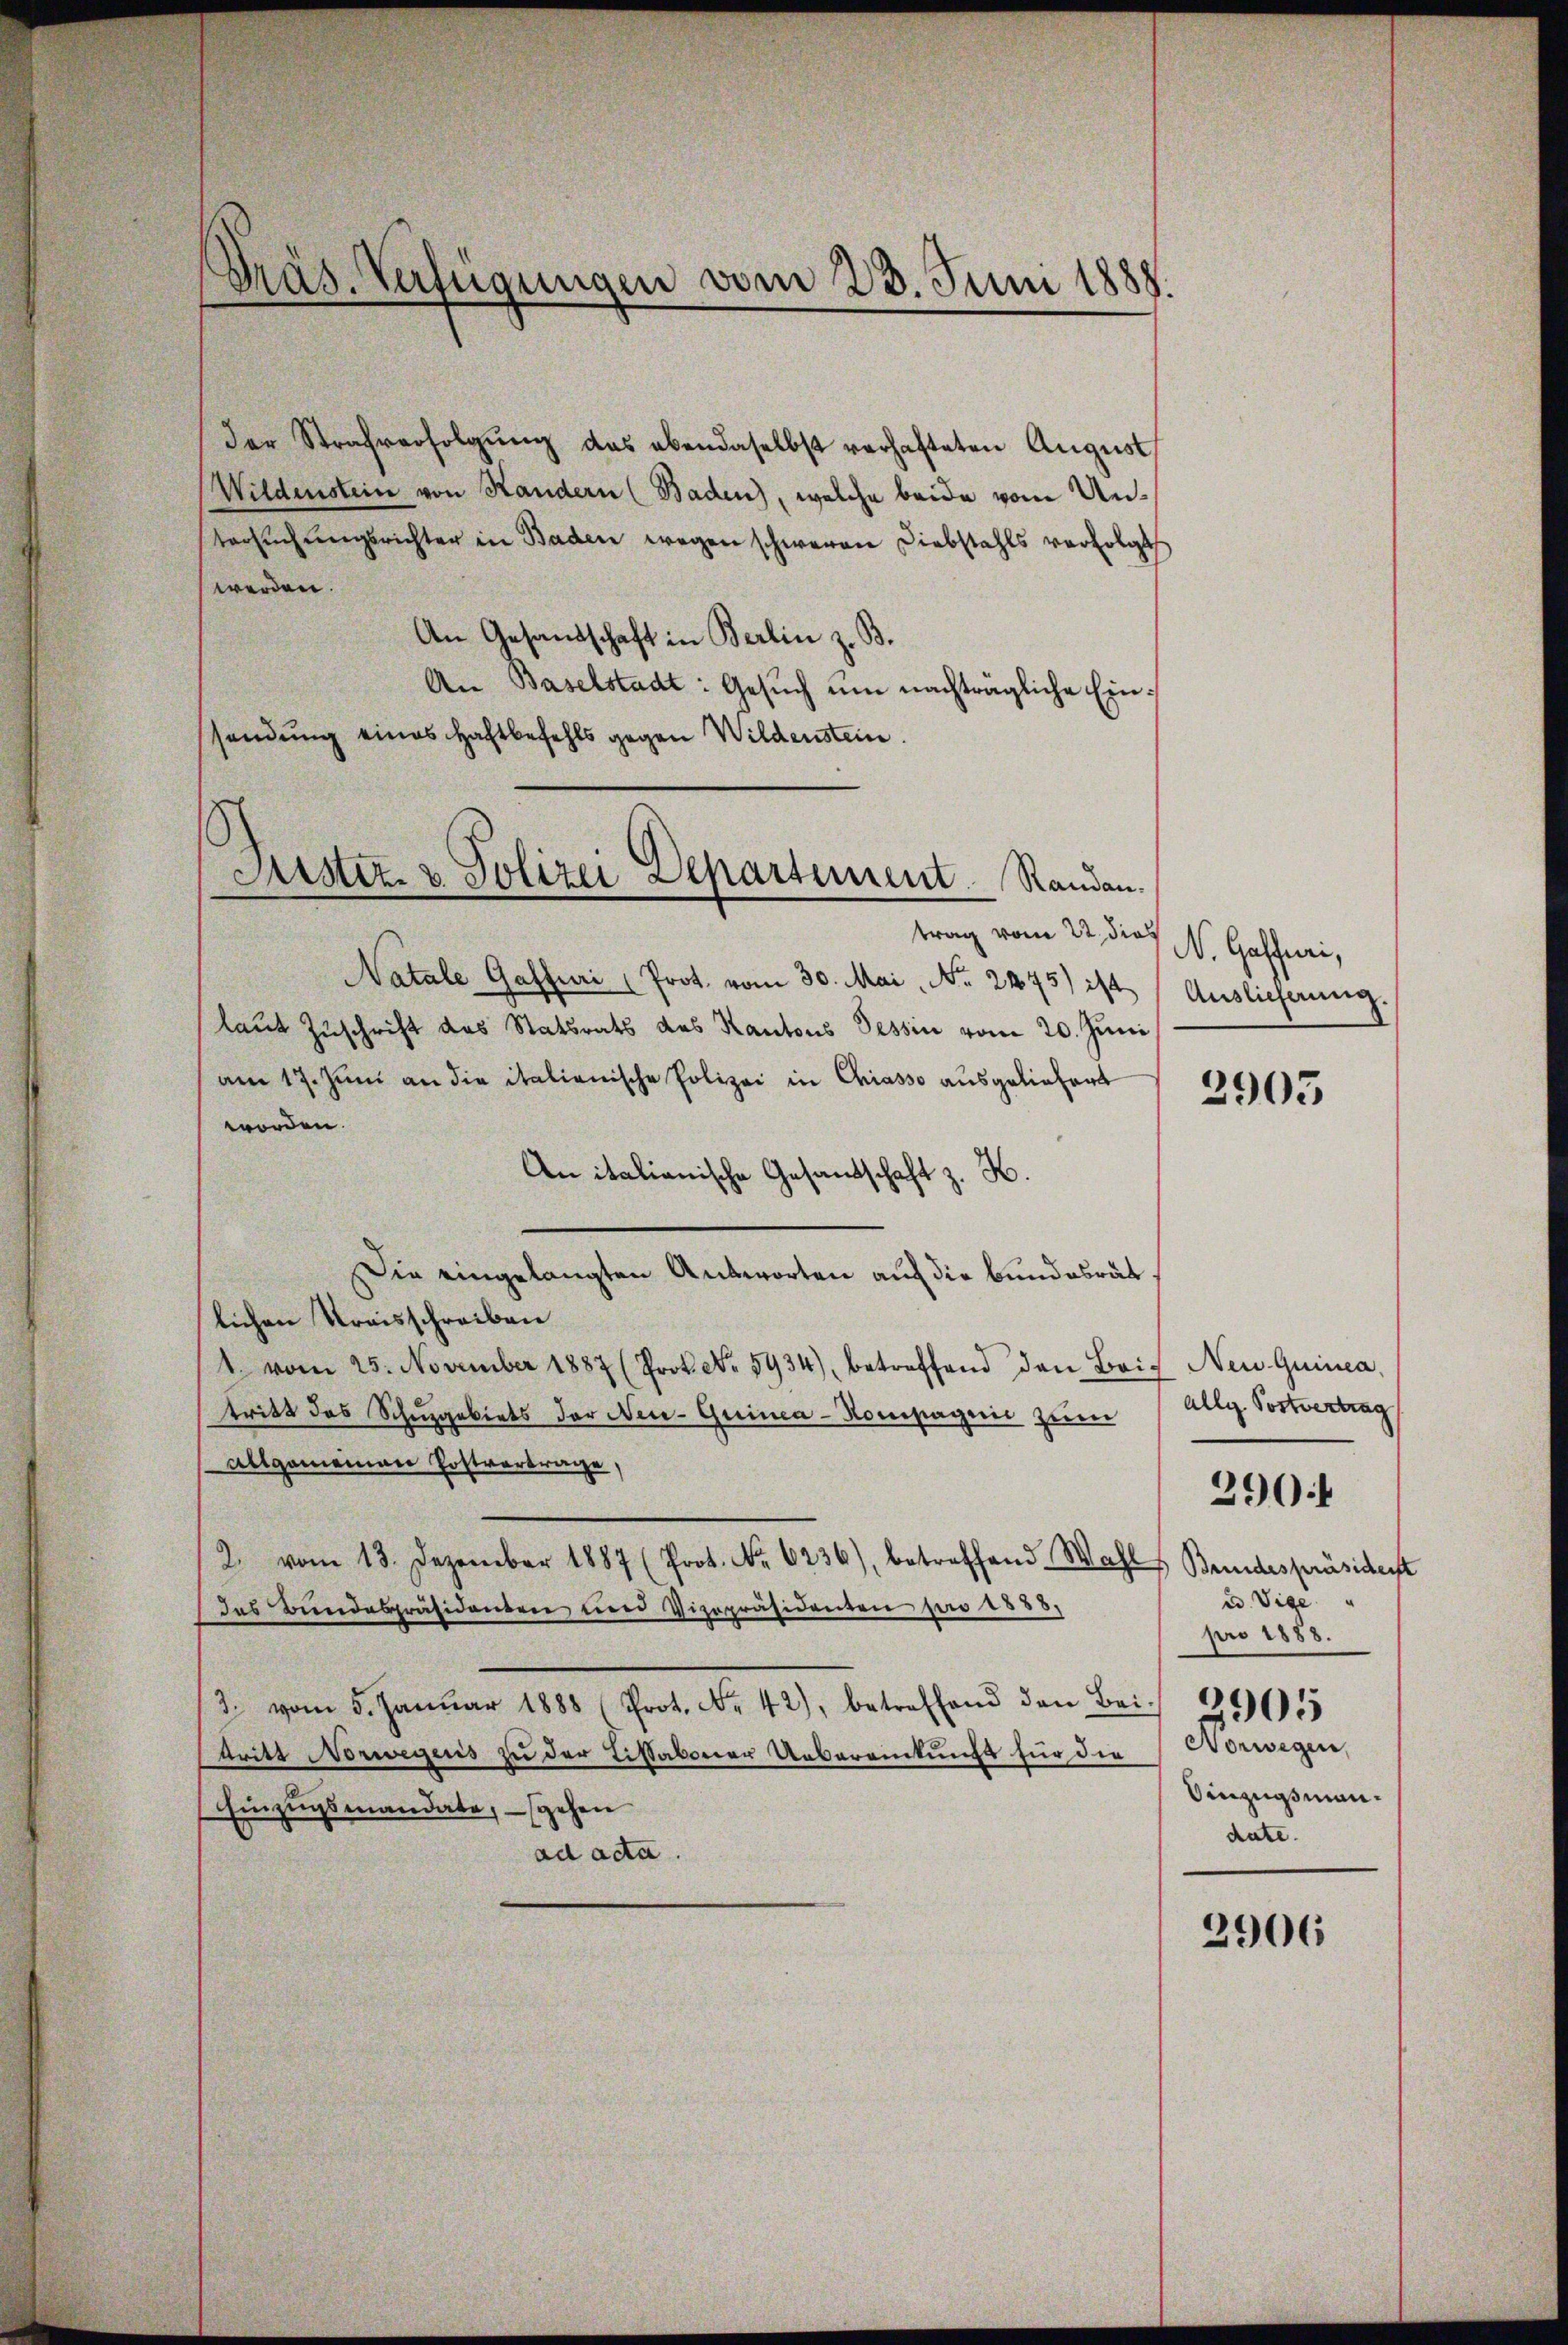
Präs. Verfügungen vom 23. Juni 1888.

der Strafverfolgŭng das ebendaselbst verhafteten August
Wildenstein von Handern (Baden), welche beide vom Untersŭchŭngsrichter in Baden wegen schweren Diebstahls verfolgt
werden.
An Gesandschaft in Berlin z. B.
An Baselstadt: Gesŭch um nachträgliche Einsendung eines Haftbefehls gegen Wildenstein.

Justiz- & Polizei Departement Randan¬

trag vom 22. dies
Natale Gasfuri (Prot. vom 30. Mai, No. 2445) ist
laut Zuschrift des Statsrats des Kantons Tessin vom 20. Juni
am 17. Juni an die italienische Polizei in Chiasso ausgeliefert
worden.
An italianische Gesandtschaft z. K.
Die eingelangten Antworten auf die Bundesrätlichen Kraisschreiben
1. vom 25. November 1887 (Prok. No. 5934), betreffend den Brix Neu Quinca,
tritt des Schuzgebiets der Neu-Guinca-Kompagnie zum
Allgemeinen Postvertrage,
2. vom 13. Dezember 1887 (Prot. No. 6236), betreffend Wahl Beidespräsiderst
Das Bundespräsidenten und Vizepräsidenten pro 1888.
2 vom 5. Janŭar 1888 (Prot. Nr. 42), betreffend den Bei 190955
tritt Norwegens zu der Tissaboner Uebereitungs für die
Einzugsmandate, gehen
ad acta.

N. Gasfuri,
Auslieferung.

2905

allg. Postvertrag
ad. Vige
pro 1888.
Norwegen,
Singngsman.
dute.

290

2906